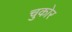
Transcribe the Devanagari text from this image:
चुकोर